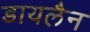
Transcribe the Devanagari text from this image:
डायलैन